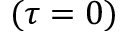
( \tau = 0 )